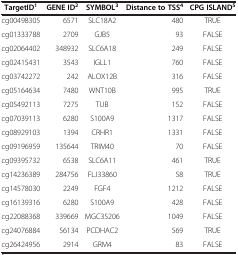
| TargetID1 | GENE ID2 | SYMBOL3 | Distance to TSS4 | CPG ISLAND5 |
 | --- | --- | --- | --- | --- |
 | cg00498305 | 6571 | SLC18A2 | 480 | TRUE |
 | cg01333788 | 2709 | GJB5 | 93 | FALSE |
 | cg02064402 | 348932 | SLC6A18 | 249 | FALSE |
 | cg02415431 | 3543 | IGLL1 | 760 | FALSE |
 | cg03742272 | 242 | ALOX12B | 316 | FALSE |
 | cg05164634 | 7480 | WNT10B | 995 | TRUE |
 | cg05492113 | 7275 | TUB | 152 | FALSE |
 | cg07039113 | 6280 | S100A9 | 1317 | FALSE |
 | cg08929103 | 1394 | CRHR1 | 1331 | FALSE |
 | cg09196959 | 135644 | TRIM40 | 70 | FALSE |
 | cg09395732 | 6538 | SLC6A11 | 461 | TRUE |
 | cg14236389 | 284756 | FLJ33860 | 58 | TRUE |
 | cg14578030 | 2249 | FGF4 | 1212 | FALSE |
 | cg16139316 | 6280 | S100A9 | 428 | FALSE |
 | cg22088368 | 339669 | MGC35206 | 1049 | FALSE |
 | cg24076884 | 56134 | PCDHAC2 | 569 | TRUE |
 | cg26424956 | 2914 | GRM4 | 83 | FALSE |